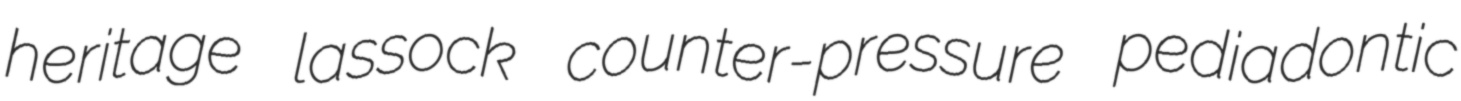
heritage lassock counter-pressure pediadontic